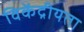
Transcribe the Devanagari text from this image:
विकेंद्रीयता